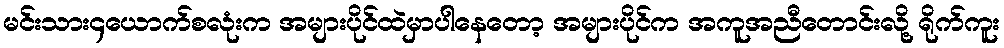
မင်းသား၄ယောက်စလုံးက အများပိုင်ထဲမှာပါနေတော့ အများပိုင်က အကူအညီတောင်းလို့ ရိုက်ကူး